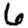
Digit: 6